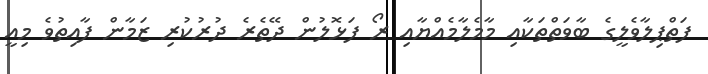
ފަތްޕިލާވެލީގެ ބާވަތްތަކާއި މާމެލާމެއްޔާއި ރޯ ފަޅޮލުން ދޭތެރެ ދުރުކުރި ޒަމާން ފާއިތުވެ މިއީ